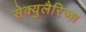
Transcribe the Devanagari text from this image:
सेक्युलैरिज्म़